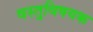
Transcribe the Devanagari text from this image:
वस्तुविषयक